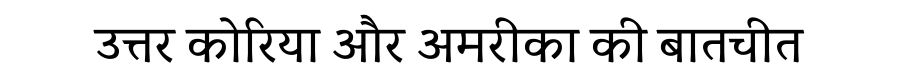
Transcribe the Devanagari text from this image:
उत्तर कोरिया और अमरीका की बातचीत